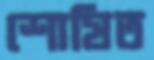
শোষিত